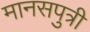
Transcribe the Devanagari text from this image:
मानसपुत्री